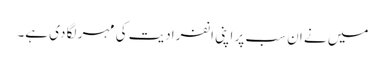
میں نے ان سب پر اپنی انفرادیت کی مہر لگا دی ہے۔